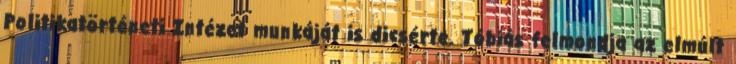
Politikatörténeti Intézet munkáját is dicsérte. Tóbiás felmondja az elmúlt